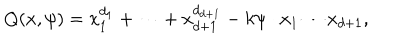
LaTeX: Q ( x , \psi ) = x _ { 1 } ^ { d _ { 1 } } + \cdots + x _ { d + 1 } ^ { d _ { d + 1 } } - k \psi \cdot x _ { 1 } \cdots x _ { d + 1 } ,